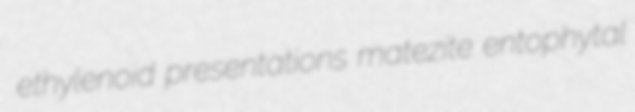
ethylenoid presentations matezite entophytal